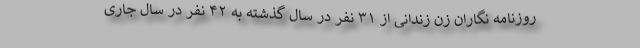
روزنامه نگاران زن زندانی از ۳۱ نفر در سال گذشته به ۴۲ نفر در سال جاری